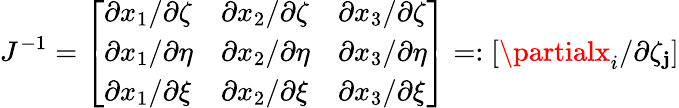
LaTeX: J^{-1}=\left[\begin{array}{lll}{\partial x_{1}/\partial\zeta}&{\partial x_{2}/\partial\zeta}&{\partial x_{3}/\partial\zeta}\\ {\partial x_{1}/\partial\eta}&{\partial x_{2}/\partial\eta}&{\partial x_{3}/\partial\eta}\\ {\partial x_{1}/\partial\xi}&{\partial x_{2}/\partial\xi}&{\partial x_{3}/\partial\xi}\end{array}\right]=:\left[\partialx_{i}/\partial\zeta_{\mathbf{j}}\right]